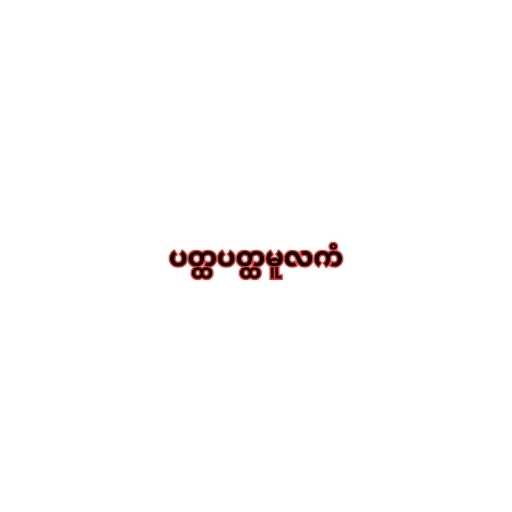
ပတ္ထပတ္ထမူလကံ